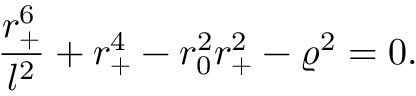
{ \frac { r _ { + } ^ { 6 } } { l ^ { 2 } } } + r _ { + } ^ { 4 } - r _ { 0 } ^ { 2 } r _ { + } ^ { 2 } - \varrho ^ { 2 } = 0 .